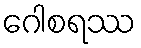
ဂေါစရဿ